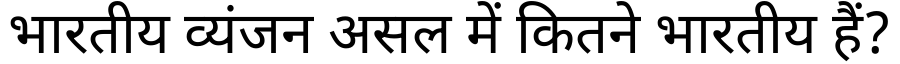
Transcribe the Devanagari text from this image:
भारतीय व्यंजन असल में कितने भारतीय हैं?